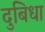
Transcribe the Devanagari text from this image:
दुबिधा